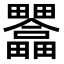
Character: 𤴇